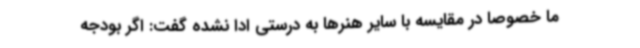
ما خصوصا در مقایسه با سایر هنرها به درستی ادا نشده گفت: اگر بودجه